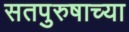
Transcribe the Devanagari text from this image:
सतपुरुषाच्या